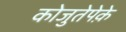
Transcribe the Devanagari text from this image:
कोजुतेपेक़े